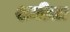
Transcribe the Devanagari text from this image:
शमीला